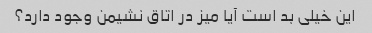
این خیلی بد است آیا میز در اتاق نشیمن وجود دارد؟